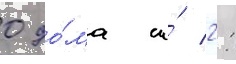
0 до́ма и́ 2: